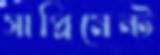
সাপ্লিমেন্ট